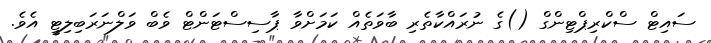
ސައިޓް ސްކްރިޕްޓިންގް ()ގެ ނުރައްކާތެރި ބާވަތެއް ކަމަށްވާ ޕާސިސްޓަންޓް ވެބް ވަލްނަރަބިލިޓީ އެވެ.